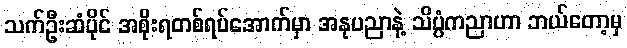
သက်ဦးဆံပိုင် အစိုးရတစ်ရပ်အောက်မှာ အနုပညာနဲ့ သိပ္ပံကညာဟာ ဘယ်တော့မှ